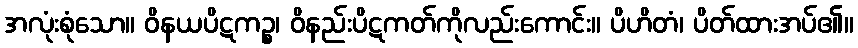
အလုံးစုံသော။ ဝိနယပိဋကဉ္စ၊ ဝိနည်းပိဋကတ်ကိုလည်းကောင်း။ ပိဟိတံ၊ ပိတ်ထားအပ်၏။